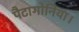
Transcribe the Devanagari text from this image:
पैटागोनिया।